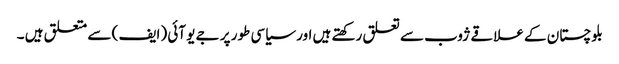
بلوچستان کے علاقے ژوب سے تعلق رکھتے ہیں اور سیاسی طور پر جے یو آئی (ایف ) سے متعلق ہیں ۔